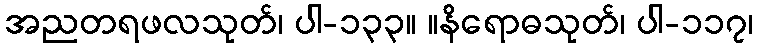
အညတရဖလသုတ်၊ ပါ-၁၃၃။ ။နိရောဓသုတ်၊ ပါ-၁၁၇၊